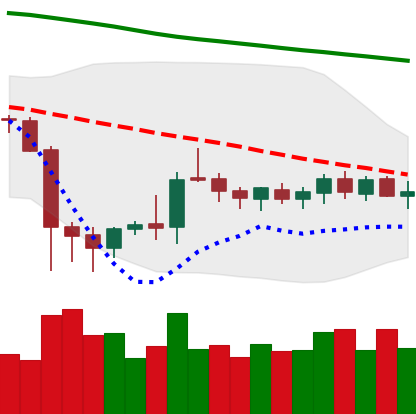
Ticker: DOGE-USD
Chart end date: 2019-10-11
Forward return: 11.173%
Label: up_7plus